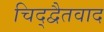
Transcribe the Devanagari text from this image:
चिद्द्वैतवाद